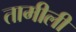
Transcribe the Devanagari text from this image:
तामीली